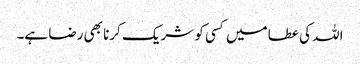
اللہ کی عطا میں کسی کو شریک کرنا بھی رضا ہے۔